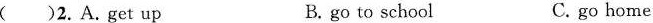
( )2.A.get up B.go to school C.go home